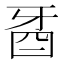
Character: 𤘉